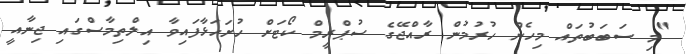
"މި ސަބަބުތައް މިހެން ހުރުމުން ރާއްޖޭގެ ސުޕްރީމް ކޯޓަށް ހުށަހަޅާފައިވާ އިލްތިމާސްގައި ޖިނާއީ